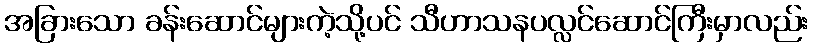
အခြားသော ခန်းဆောင်များကဲ့သို့ပင် သီဟာသနပလ္လင်ဆောင်ကြီးမှာလည်း